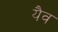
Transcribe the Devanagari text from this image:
यैव